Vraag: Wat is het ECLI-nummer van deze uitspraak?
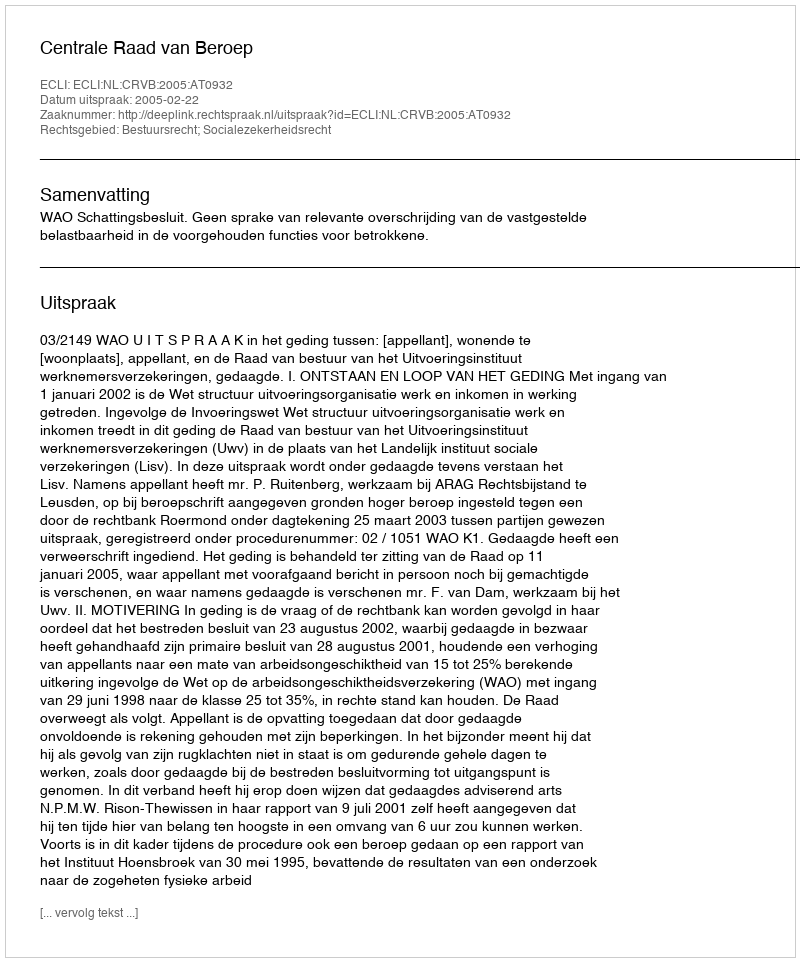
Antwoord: ECLI:NL:CRVB:2005:AT0932